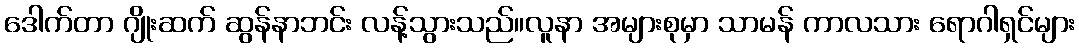
ဒေါက်တာ ဂျိုးဆက် ဆွန်နာဘင်း လန့်သွားသည်။လူနာ အများစုမှာ သာမန် ကာလသား ရောဂါရှင်များ